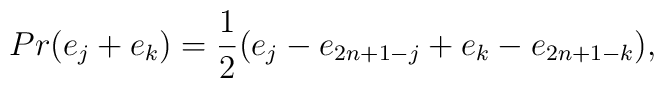
Pr(e_j+e_k)={1\over2}(e_j-e_{2n+1-j}+e_k-e_{2n+1-k}),